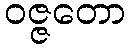
ဝဇ္ဇတော